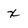
Character: X